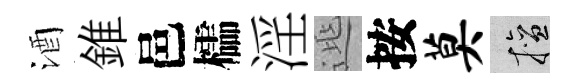
酒錐邑櫺淫𨓱按莫擅